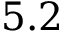
5 . 2